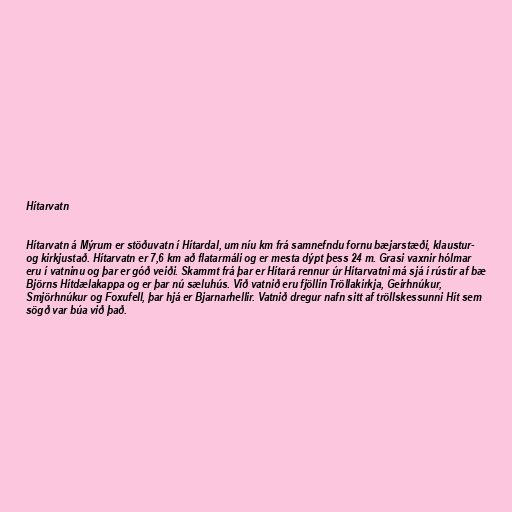
Hítarvatn

Hítarvatn á Mýrum er stöðuvatn í Hítardal, um níu km frá samnefndu fornu bæjarstæði, klaustur-
og kirkjustað. Hítarvatn er 7,6 km að flatarmáli og er mesta dýpt þess 24 m. Grasi vaxnir hólmar
eru í vatninu og þar er góð veiði. Skammt frá þar er Hítará rennur úr Hítarvatni má sjá í rústir af bæ
Björns Hítdælakappa og er þar nú sæluhús. Við vatnið eru fjöllin Tröllakirkja, Geirhnúkur,
Smjörhnúkur og Foxufell, þar hjá er Bjarnarhellir. Vatnið dregur nafn sitt af tröllskessunni Hít sem
sögð var búa við það.